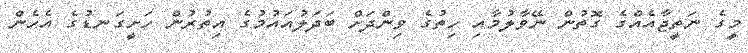
މީގެ ނަތީޖާއެއްގެ ގޮތުން ނޭވާލުމާއި ހިތުގެ ވިންދަށް ބަދަލުއައުމުގެ އިތުރުން ހަށީގަނޑުގެ އެހެން